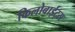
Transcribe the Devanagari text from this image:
किलोबाईट्स